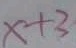
x + 3